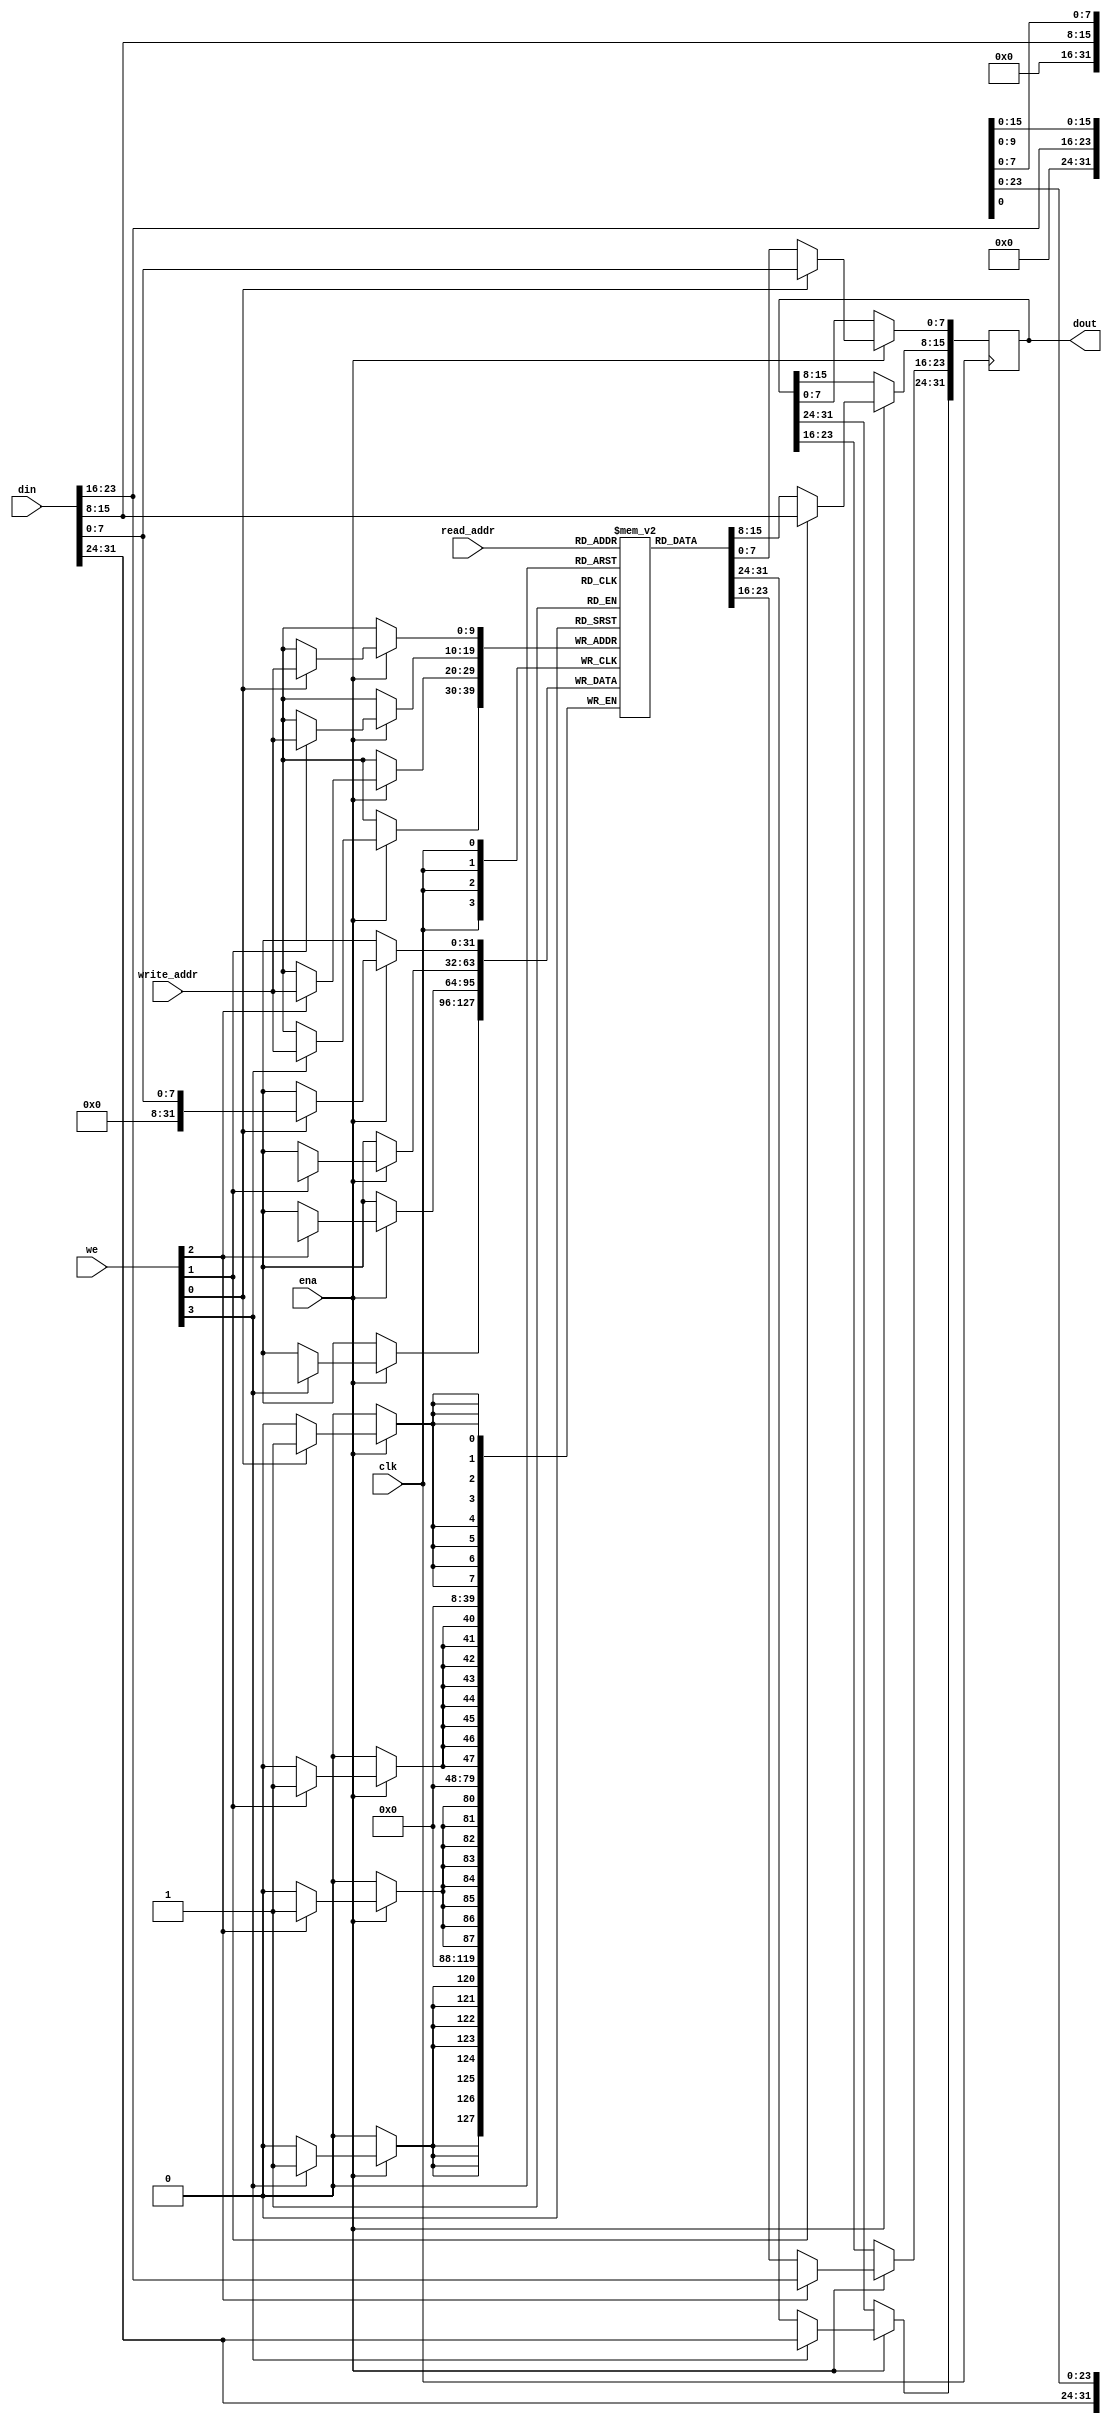
module bytewrite_sdp_ram_wf #(
//--------------------------------------------------------------------------
parameter NUM_COL = 4, // 4 columns of 1 byte each make : 32 bits
parameter COL_WIDTH = 8, //1 byte
parameter ADDR_WIDTH = 10, // Addr Width in bits : 2 *ADDR_WIDTH = RAM Depth ---> 2^10 = 1024
parameter DATA_WIDTH = NUM_COL*COL_WIDTH // Data Width in bits
//--------------------------------------------------------------------------
)  (
input clk,
input ena,
input [NUM_COL-1:0] we, // to enable which byte to write
input [ADDR_WIDTH-1:0] read_addr,write_addr,
input [DATA_WIDTH-1:0] din,
output reg [DATA_WIDTH-1:0] dout
);

reg [DATA_WIDTH-1:0] ram [(2**ADDR_WIDTH)-1:0];
integer i;

always @ (posedge clk) 
begin
	if(ena) 
	begin
		for(i=0;i<NUM_COL;i=i+1) 
		begin
			if(we[i]) 
			begin
				ram[write_addr][i*COL_WIDTH +: COL_WIDTH] <= din[i*COL_WIDTH +: COL_WIDTH];
				dout[i*COL_WIDTH +: COL_WIDTH] <= din[i*COL_WIDTH +: COL_WIDTH];
			end
			else
				dout[i*COL_WIDTH +: COL_WIDTH] <= ram[read_addr][i*COL_WIDTH +: COL_WIDTH];
		end
	end
end


endmodule